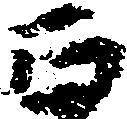
正